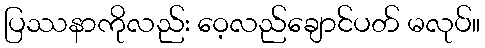
ပြဿနာကိုလည်း ဝေ့လည်ချောင်ပတ် မလုပ်။